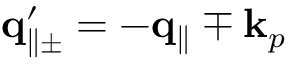
{ \bf q } _ { \parallel \pm } ^ { \prime } = - { \bf q } _ { \parallel } \mp { \bf k } _ { p }